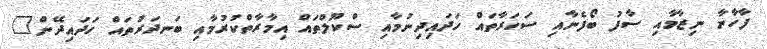
ފާހާނާ ނިޒާމާއި ސާފު ބޯފެނާއި ސަހަރާތައް ހަދައިދިނުމާއި ސްކޫލްތައް އިމާރާތްކުރުމާއި ބަނދަރުތައް ހަދައިދޭން"